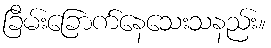
ခြိမ်းခြောက်နေသေးသနည်း။